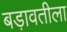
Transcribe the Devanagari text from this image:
बड़ावतीला